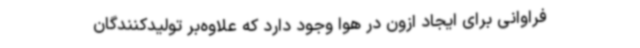
فراوانی برای ایجاد ازون در هوا وجود دارد که علاوه‌بر تولیدکنندگان